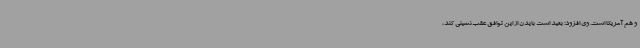
و هم آمریکا است. وی افزود: بعید است بایدن از این توافق عقب‌نشینی کند،